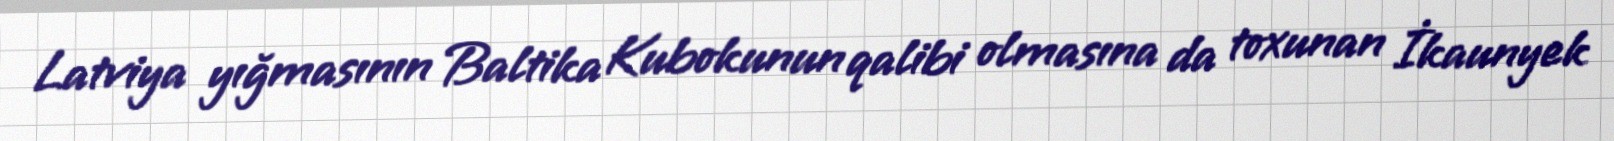
Latviya yığmasının Baltika Kubokunun qalibi olmasına da toxunan İkaunyek